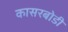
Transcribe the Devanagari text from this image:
कासरबोडी